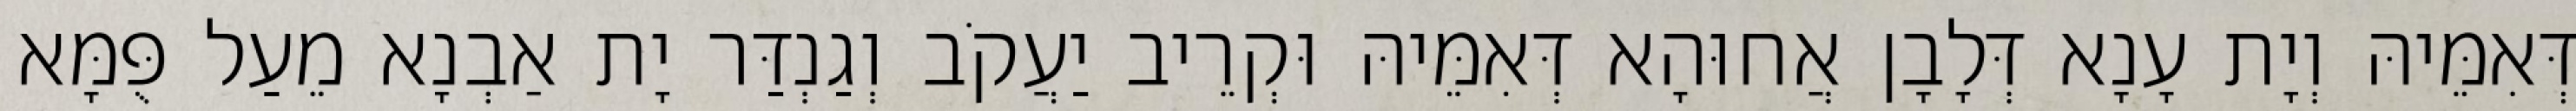
דְּאִמֵּיהּ וְיָת עָנָא דְּלָבָן אֲחוּהָא דְּאִמֵּיהּ וּקְרֵיב יַעֲקֹב וְגַנְדַּר יָת אַבְנָא מֵעַל פֻּמָּא